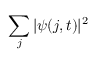
\sum _ { j } | \psi ( j , t ) | ^ { 2 }